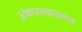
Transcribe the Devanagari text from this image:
अंकपत्त्यावरून